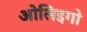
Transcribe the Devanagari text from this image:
ओलिइगो